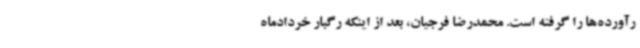
رآورده‌ها را گرفته است. محمدرضا فرجیان، بعد از اینکه رگبار خردادماه